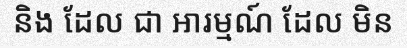
និង ដែល ជា ឤរម្មណ៍ ដែល មិន